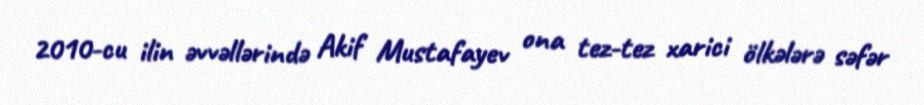
2010-cu ilin əvvəllərində Akif Mustafayev ona tez-tez xarici ölkələrə səfər